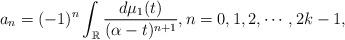
LaTeX: \begin{align*}a_{n}=(-1)^{n}\int_{\mathbb{R}}\frac{d\mu_{1}(t)}{(\alpha-t)^{n+1}},n=0,1,2,\cdots,2k-1,\end{align*}